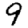
Digit: 9